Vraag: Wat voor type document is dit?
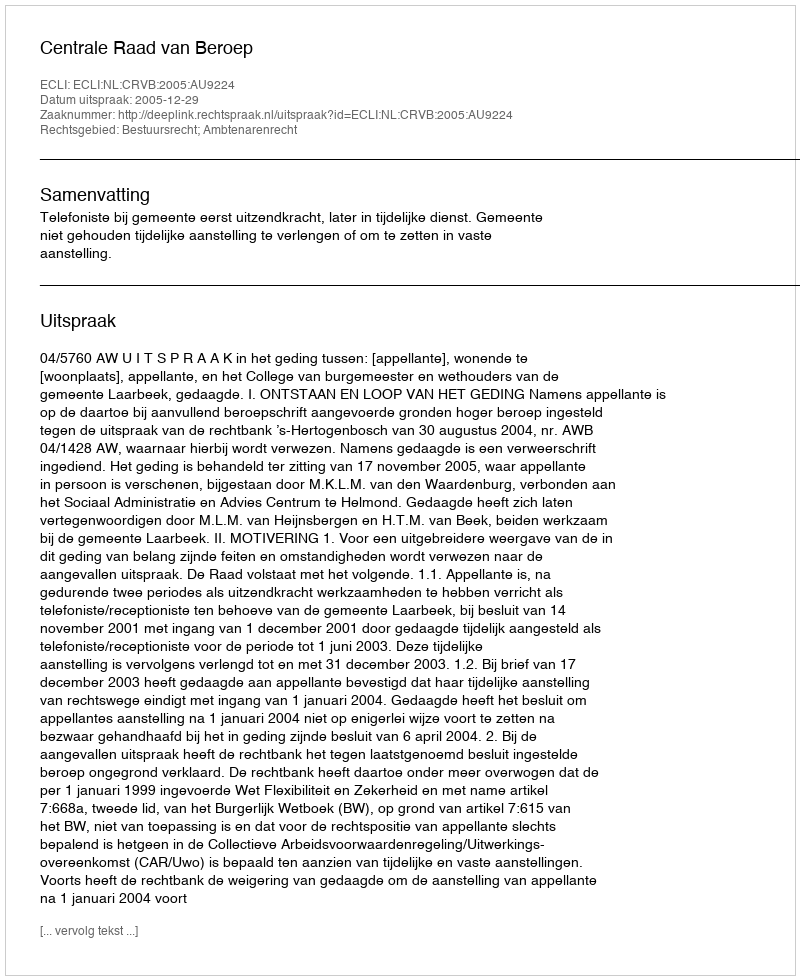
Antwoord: Uitspraak